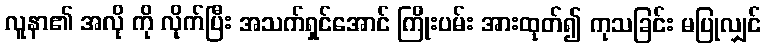
လူနာ၏ အလို ကို လိုက်ပြီး အသက်ရှင်အောင် ကြိုးပမ်း အားထုတ်၍ ကုသခြင်း မပြုလျှင်